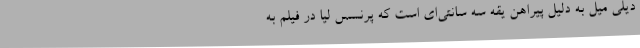
دیلی میل به دلیل پیراهن یقه سه سانتی‌ای است که پرنسس لیا در فیلم به